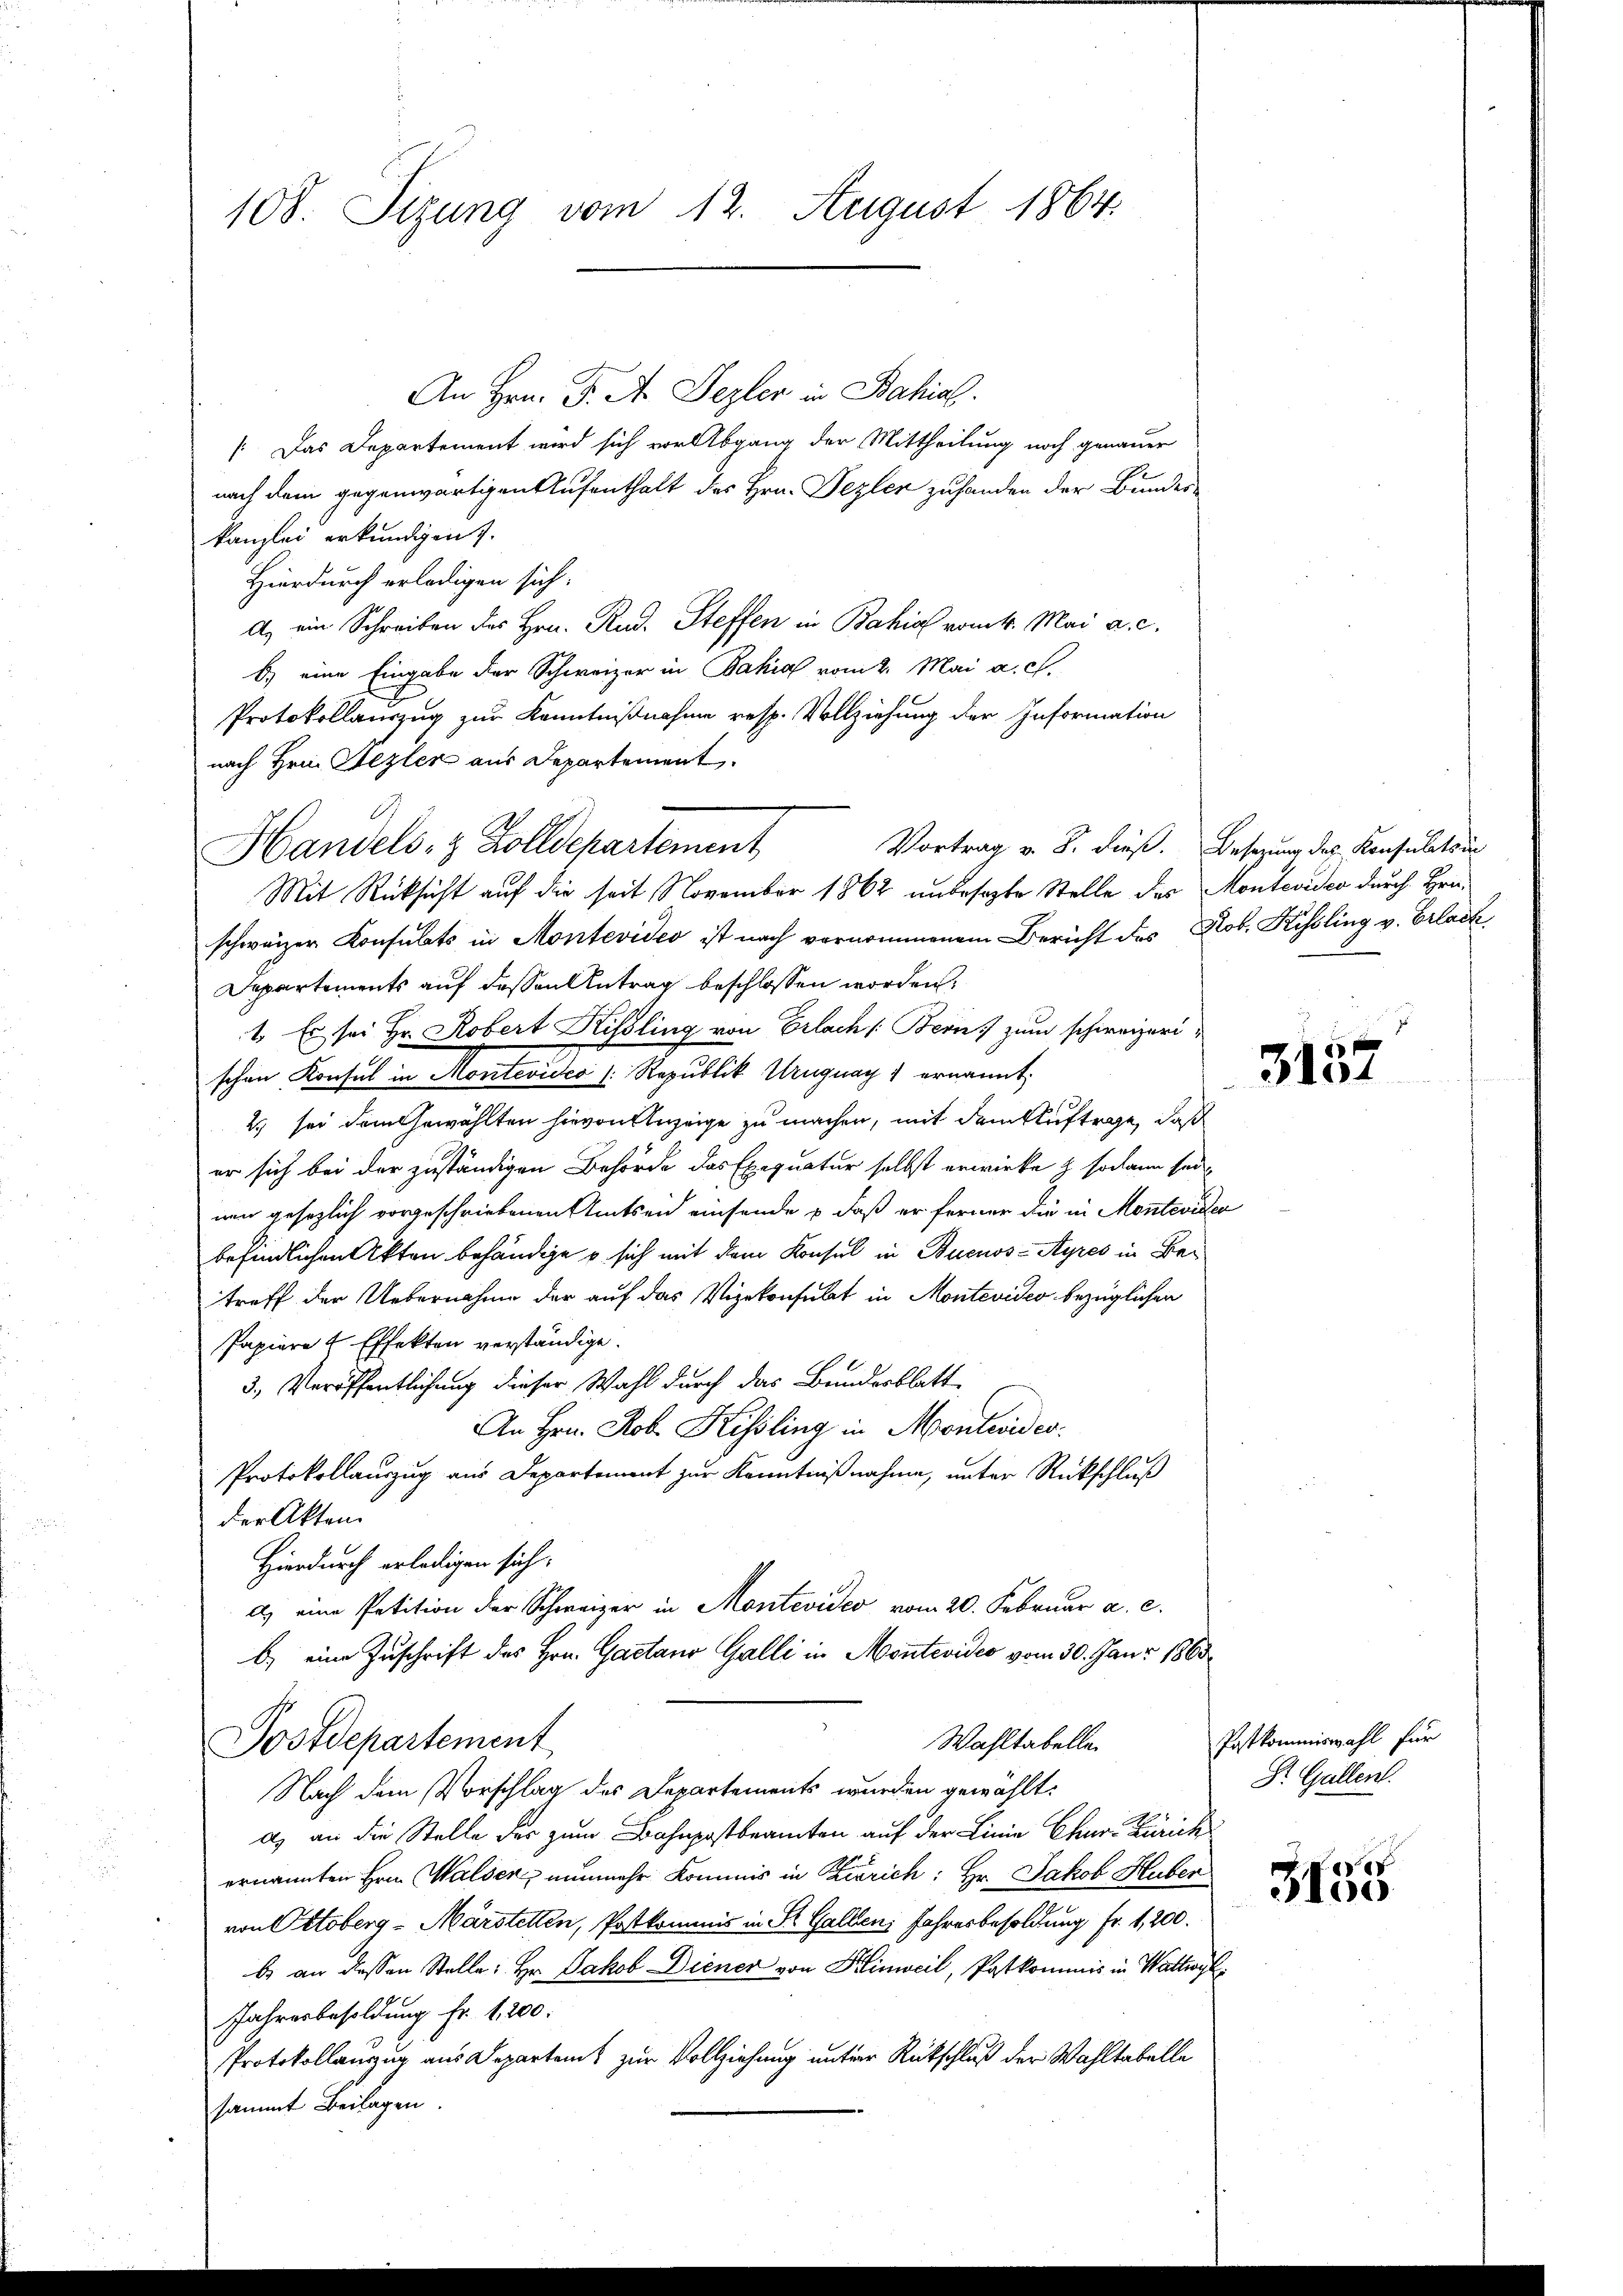
108. Sizung vom 12. August 1864.

An Hrn. F. A. Dezler in Bahial.
[Das Departement wird sich vor Abgang der Mittheilung noch genauer
nach dem gegenwärtigen Aufenthalt des Hrn. Pezler zuhanden der Bundeskanzlei erkundigen.
Hierdurch erledigen sich:
A. ein Schreiben des Hrn. Rud. Steffen in Bahia vom 4. Mai a. c.
6.) eine Eingabe der Schweizer in Bahia vom 2. Mai a. c.
Protokollauszug zur Kenntnißnahme resp. Vollziehung der Information
nach Hrn. Bezler aus Departement.
d.
Mit Rücksicht auf die seit November 1862 unbesezte Stelle des Montevideo durch Hrn.
schweizer Konsulats in Montevideo ist nach vernommenem Bericht des Nob. Kissling v. Erlach
Departements auf dessen Antrag beschlossen worden,
1. Es sei Hr. Robert Hissling von Erlach /: Bern) zum schweizerischen Konsul in Montevideo (: Republik Uruguay 1 ernannt:
2) sei dem Gewählten hievon Anzeige zu machen, mit dem Auftrage, daß
er sich bei der zuständigen Behörde das Exequatur selbst erwirke & sodann sei
nen gesezlich vorgeschriebenen Amtsein einsende & daß er ferner die in Monteviden
befindlichen Akten behändige u. sich mit dem Konsul in Buenos-Ayres in Betreff der Uebernahme der auf das Vizekonsulat in Montevideo bezüglichen
Papiere & Effekten verständige.
3., Veröffentlichung dieser Wahl durch das Bunderblatt
An Hrn. Rob. Kissling in Montevides.
Protokollauszug aus Departement zur Kenntnißnahme, unter Rückschluß
der Akten.
Hierdurch erledigen sich.
a) eine Petition der Schweizer in Montevideo vom 20. Februar a. c.
b.) eine Zuschrift des Hrn. Gaetano Galli in Montevideo vom 30. Janr 1863
Wahltabelle.
Postdepartement
Nach dem Vorschlag des Departements wurden gewählt:
as an die Stelle der zum Bahnpostbeamten auf der Linie Chur Zürich
ernannten Hrn. Walden, nunmehr kommis in Zürich: Hr. Jakob Huber
von Ottoberg-Märstellen, Postkommis in St. Gallen Jahresbesoldung Fr. 1,200.
b) an dessen Stelle: Hr. Jakob Diener von Hinweil, Patkommis in Wattwyl
Jahresbesoldung fr. 1,200.
Protokollauszug aus Departem zur Vollziehung unter Rückschluß der Wahltabelle
sammt Beilagen.

Handels- & Zolldepartement

Vortrag v. 8. dies. Besetzung des Konsulatsun

3157

Postkommiswahl für
St. Gallen.

3135